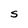
Character: S